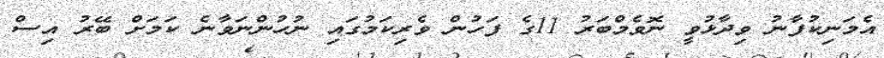
އެމަނިކުފާނު ވިދާޅުވީ ނޮވެމްބަރު 11ގެ ފަހުން ވެރިކަމުގައި ނުހުންނަވާނެ ކަމަށް ބޭރު އިސް